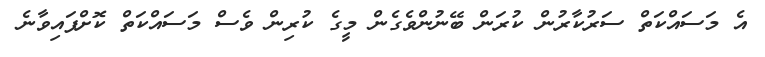
އެ މަސައްކަތް ސަރުކާރުން ކުރަން ބޭނުންވެގެން މީގެ ކުރިން ވެސް މަސައްކަތް ކޮށްފައިވާނެ